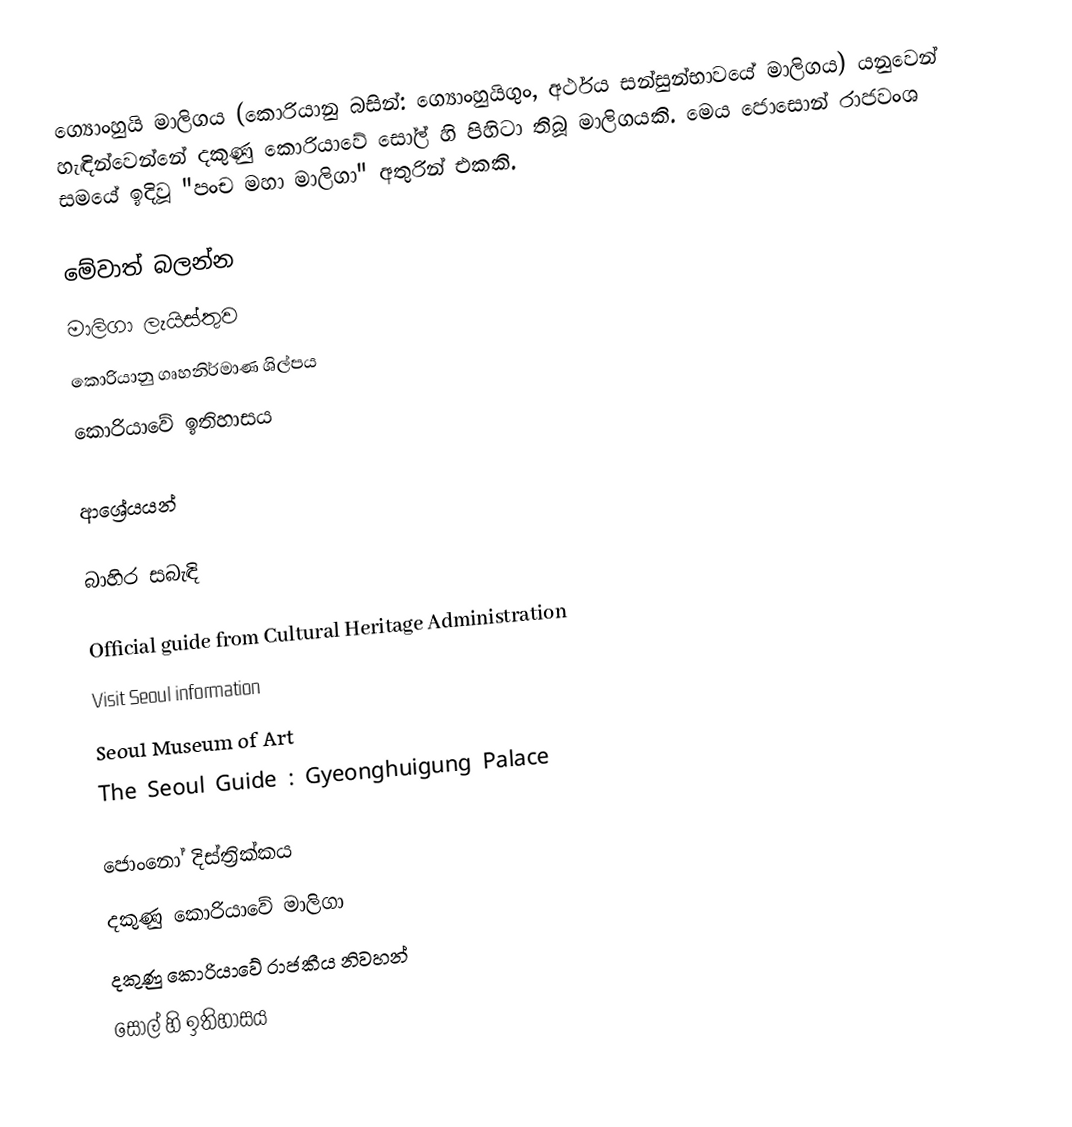
ග්‍යොංහුයි මාලිගය (කොරියානු බසින්: ග්‍යොංහුයිගුං, අර්ථය සන්සුන්භාවයේ මාලිගය) යනුවෙන් හැඳින්වෙන්නේ දකුණු කොරියාවේ සෝල් හි පිහිටා තිබූ මාලිගයකි. මෙය ජොසොන් රාජවංශ සමයේ ඉදිවූ "පංච මහා මාලිගා" අතුරින් එකකි.

මේවාත් බලන්න
මාලිගා ලැයිස්තුව
කොරියානු ගෘහනිර්මාණ ශිල්පය
කොරියාවේ ඉතිහාසය

ආශ්‍රේයයන්

බාහිර සබැඳි

Official guide from Cultural Heritage Administration
Visit Seoul information
Seoul Museum of Art
 The Seoul Guide : Gyeonghuigung Palace

ජොංනෝ දිස්ත්‍රික්කය
දකුණු කොරියාවේ මාලිගා
දකුණු කොරියාවේ රාජකීය නිවහන්
සෝල් හි ඉතිහාසය